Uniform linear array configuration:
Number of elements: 24
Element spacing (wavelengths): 1
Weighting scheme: blackman
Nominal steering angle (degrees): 60
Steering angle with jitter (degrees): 61.008
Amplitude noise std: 0.05
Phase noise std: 0.05

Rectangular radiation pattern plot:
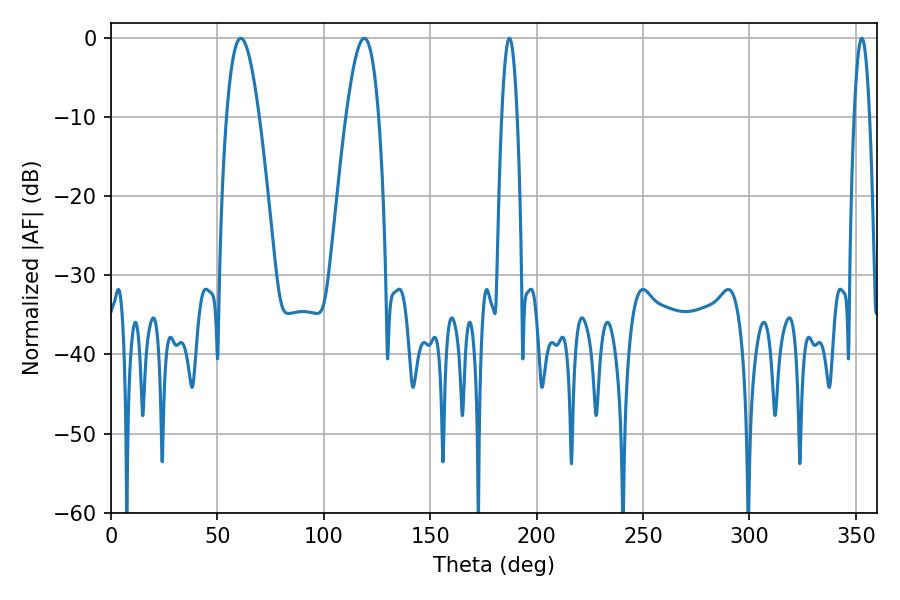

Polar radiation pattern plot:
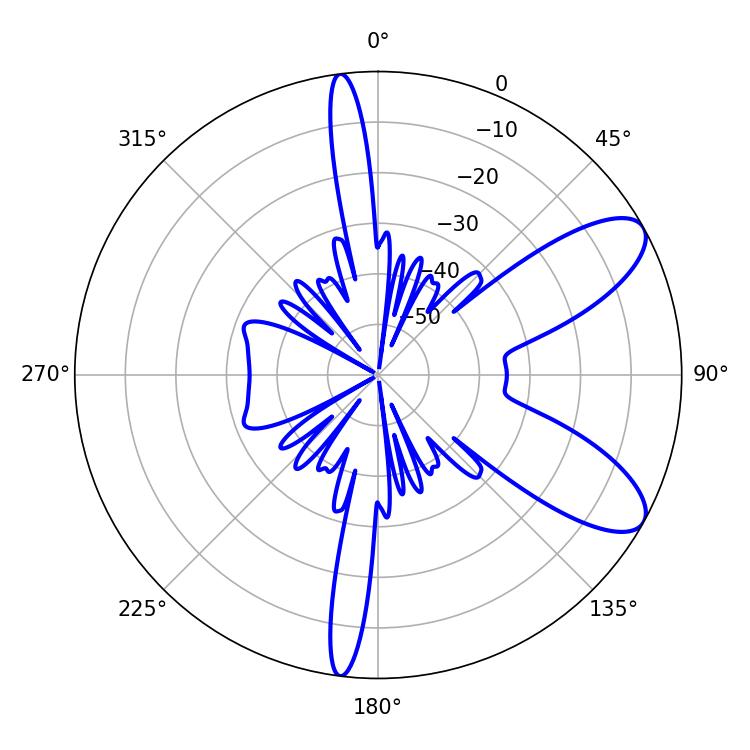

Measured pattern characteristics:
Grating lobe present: TRUE
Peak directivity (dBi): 8.89
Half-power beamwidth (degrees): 3.96
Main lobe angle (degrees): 187.2